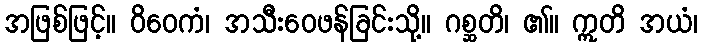
အဖြစ်ဖြင့်။ ဝိဝေကံ၊ အသီးဝေဖန်ခြင်းသို့။ ဂစ္ဆတိ၊ ၏။ ဣတိ အယံ၊